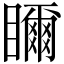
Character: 𥌃